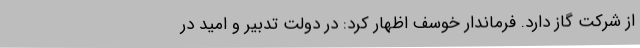
از شرکت گاز دارد. فرماندار خوسف اظهار کرد: در دولت تدبیر و امید در